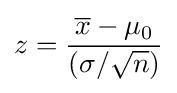
z={\frac {{\overline {x}}-\mu _{0}}{({\sigma }/{\sqrt {n}})}}